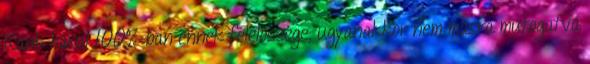
Ránk hárul 100%-ban ennek felelőssége, ugyanakkor nem másra mutogatva